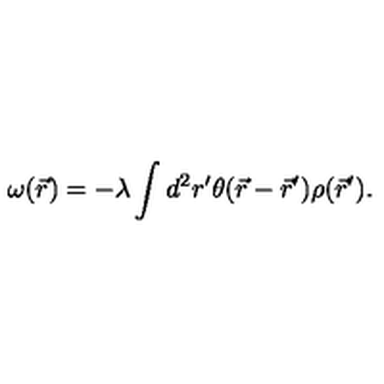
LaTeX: \omega ( \vec { r } ) = - \lambda \int d ^ { 2 } r ^ { \prime } \theta ( \vec { r } - \vec { r } ^ { \prime } ) \rho ( \vec { r } ^ { \prime } ) .